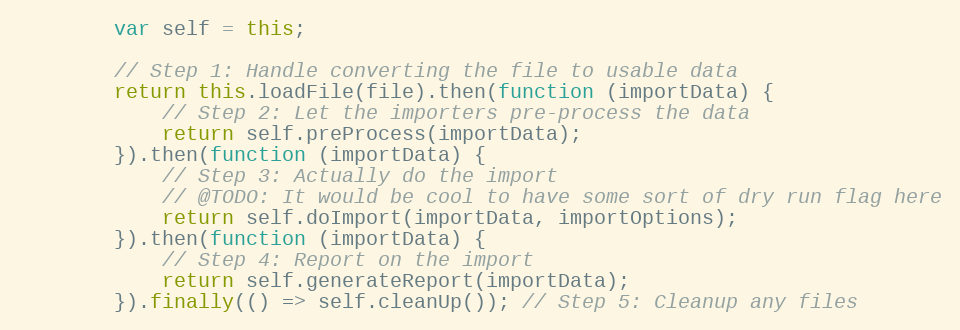
Language: JavaScript
        var self = this;

        // Step 1: Handle converting the file to usable data
        return this.loadFile(file).then(function (importData) {
            // Step 2: Let the importers pre-process the data
            return self.preProcess(importData);
        }).then(function (importData) {
            // Step 3: Actually do the import
            // @TODO: It would be cool to have some sort of dry run flag here
            return self.doImport(importData, importOptions);
        }).then(function (importData) {
            // Step 4: Report on the import
            return self.generateReport(importData);
        }).finally(() => self.cleanUp()); // Step 5: Cleanup any files